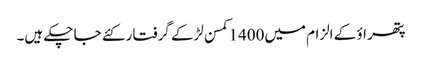
پتھر اؤ کے الزام میں1400کمسن لڑکے گرفتار کئے جا چکے ہیں۔